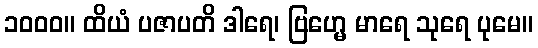
၁၀၀၀။ ထိယံ ပဇာပတိ ဒါရေ၊ ဗြဟ္မေ မာရေ သုရေ ပုမေ။